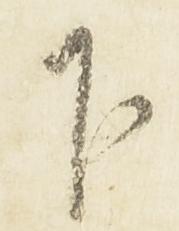
下